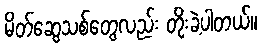
မိတ်ဆွေသစ်တွေလည်း တိုးခဲ့ပါတယ်။